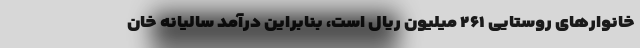
خانوارهای روستایی ۲۶۱ میلیون ریال است، بنابراین درآمد سالیانه خان